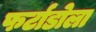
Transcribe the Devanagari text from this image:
फर्टाडोला